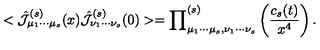
< \hat { { \cal { J } } } _ { \mu _ { 1 } \cdots \mu _ { s } } ^ { ( s ) } ( x ) \hat { { \cal { J } } } _ { \nu _ { 1 } \cdots \nu _ { s } } ^ { ( s ) } ( 0 ) > = { \prod } _ { \mu _ { 1 } \cdots \mu _ { s } , \nu _ { 1 } \cdots \nu _ { s } } ^ { ( s ) } \left( { \frac { c _ { s } ( t ) } { x ^ { 4 } } } \right) .